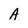
Character: A